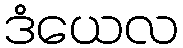
ဒံယေလ